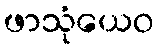
ဖာသုံယေဝ